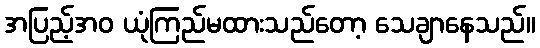
အပြည့်အဝ ယုံကြည်မထားသည်တော့ သေချာနေသည်။